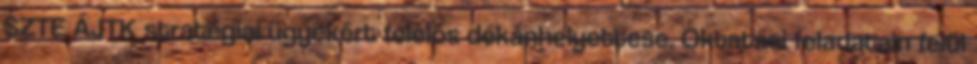
SZTE ÁJTK stratégiai ügyekért felelős dékánhelyettese. Oktatási feladatain felül